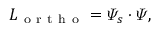
L _ { \mathrm { ~ o ~ r ~ t ~ h ~ o ~ } } = \varPsi _ { s } \cdot \varPsi ,